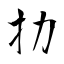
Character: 扐